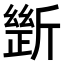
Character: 𣂾